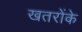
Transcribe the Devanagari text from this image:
खतरोंके